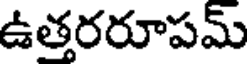
ఉత్తరరూపమ్